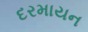
દરમાયન